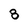
Character: 8